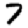
Digit: 7